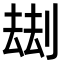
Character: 𠞗